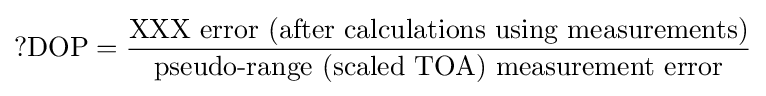
?{\text{DOP}}={\frac {\text{XXX error (after calculations using measurements)}}{\text{pseudo-range (scaled TOA) measurement error}}}